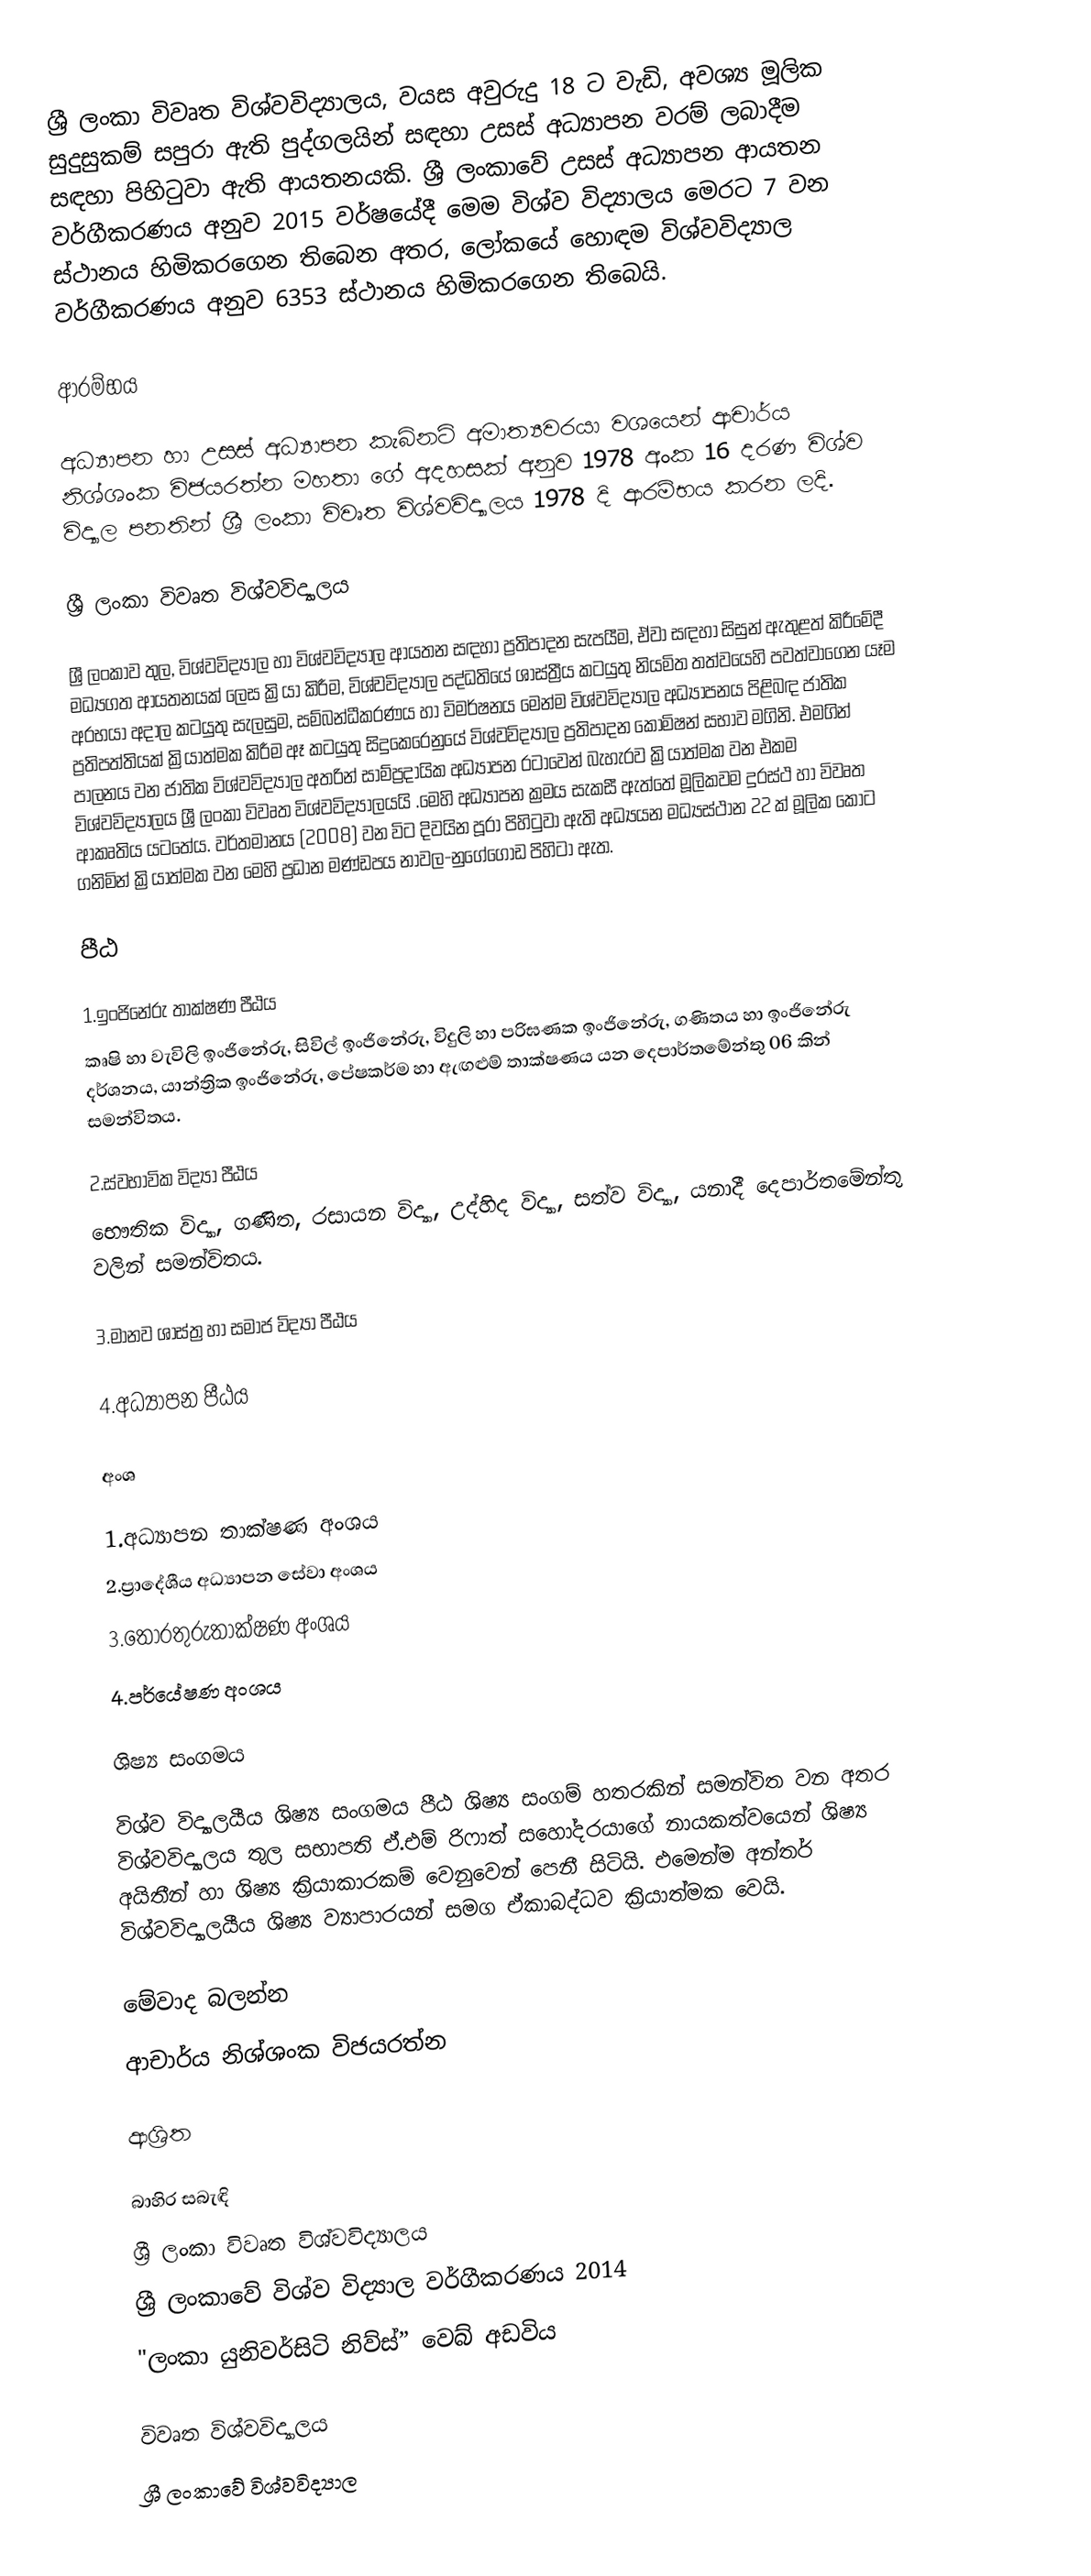
ශ්‍රී ලංකා විවෘත විශ්වවිද්‍යාලය, වයස අවුරුදු 18 ට වැඩි, අවශ්‍ය මූලික සුදුසුකම් සපුරා ඇති පුද්ගලයින් සඳහා උසස් අධ්‍යාපන වරම් ලබාදීම සඳහා පිහිටුවා ඇති ආයතනයකි. ශ්‍රී ලංකාවේ උසස් අධ්‍යාපන ආයතන වර්ගීකරණය අනුව 2015 වර්ෂයේදී මෙම විශ්ව විද්‍යාලය මෙරට 7 වන ස්ථානය හිමිකරගෙන තිබෙන අතර, ලෝකයේ හොඳම විශ්වවිද්‍යාල වර්ගීකරණය අනුව 6353 ස්‌ථානය හිමිකරගෙන තිබෙයි.

ආරම්භය

අධ්‍යාපන හා උසස් අධ්‍යාපන කැබිනට් අමාත්‍යවරයා වශයෙන් ආචාර්ය නිශ්ශංක විජයරත්න මහතා  ගේ අදහසක් අනුව 1978 අංක 16 දරණ විශ්ව විද්‍යාල පනතින්  ශ්‍රී ලංකා විවෘත විශ්වවිද්‍යාලය 1978 දි ආරම්භය කරන ලදි.

ශ්‍රී ලංකා විවෘත විශ්වවිද්‍යාලය

ශ්‍රී ලංකාව තුල, විශ්වවිද්‍යාල හා විශ්වවිද්‍යාල ආයතන සඳහා ප්‍රතිපාදන සැපයීම, ඒවා සඳහා සිසුන් ඇතුළත් කිරීමේදී මධ්‍යගත ආයතනයක් ලෙස ක්‍රියා කිරීම, විශ්වවිද්‍යාල පද්ධතියේ ශාස්ත්‍රීය කටයුතු නියමිත තත්වයෙහි පවත්වාගෙන යෑම අරභයා අදාල කටයුතු සැලසුම, සම්බන්ධීකරණය හා විමර්ෂනය මෙන්ම විශ්වවිද්‍යාල අධ්‍යාපනය පිළිබඳ ජාතික ප්‍රතිපත්තියක් ක්‍රියාත්මක කිරීම ඈ කටයුතු සිදුකෙරෙනුයේ  විශ්වවිද්‍යාල ප්‍රතිපාදන කොමිෂන් සභාව  මගිනි. එමගින් පාලනය වන ජාතික විශ්වවිද්‍යාල අතරින් සාම්ප්‍රදායික අධ්‍යාපන රටාවෙන් බැහැරව ක්‍රියාත්මක වන එකම විශ්වවිද්‍යාලය ශ්‍රී ලංකා විවෘත විශ්වවිද්‍යාලයයි .මෙහි අධ්‍යාපන ක්‍රමය සැකසී ඇත්තේ මූලිකවම දුරස්ථ හා විවෘත ආකෘතිය යටතේය. වර්තමානය (2008) වන විට දිවයින පූරා පිහිටුවා ඇති අධ්‍යයන මධ්‍යස්ථාන 22 ක් මූලික කොට ගනිමින් ක්‍රියාත්මක වන මෙහි ප්‍රධාන මණ්ඩපය නාවල-නුගේගොඩ පිහිටා ඇත.

පීඨ

1.ඉංජිනේරු තාක්ෂණ පීඨය
 කෘෂි හා වැවිලි ඉංජිනේරු, සිවිල් ඉංජිනේරු, විදුලි හා පරිඝණක ඉංජිනේරු, ගණිතය හා ඉංජිනේරු දර්ශනය, යාන්ත්‍රික ඉංජිනේරු, පේෂකර්ම හා ඇඟළුම් තාක්ෂණය යන දෙපාර්තමේන්තු 06 කින් සමන්විතය.

2.ස්වභාවික විද්‍යා පීඨය
 භෞතික විද්‍යා, ගණිත, රසායන විද්‍යා, උද්හිද විද්‍යා, සත්ව විද්‍යා, යනාදී දෙපාර්තමේන්තු වලින් සමන්විතය.

3.මානව ශාස්ත්‍ර හා සමාජ විද්‍යා පීඨය

4.අධ්‍යාපන පීඨය

අංශ

1.අධ්‍යාපන තාක්ෂණ අංශය
2.ප්‍රාදේශීය අධ්‍යාපන සේවා අංශය
3.තොරතුරුතාක්ෂණ අංශය
4.පර්යේෂණ අංශය

ශිෂ්‍ය සංගමය

විශ්ව විද්‍යාලයීය ශිෂ්‍ය සංගමය පීඨ ශිෂ්‍ය සංගම් හතරකින් සමන්විත වන අතර විශ්වවිද්‍යාලය තුල සභාපති  ඒ.එම් රිෆාත් සහෝදරයාගේ නායකත්වයෙන් ශිෂ්‍ය අයිතීන් හා ශිෂ්‍ය ක්‍රියාකාරකම් වෙනුවෙන් පෙනී සිටියි. එමෙන්ම අන්තර් විශ්වවිද්‍යාලයීය ශිෂ්‍ය ව්‍යාපාරයන් සමග ඒකාබද්ධව ක්‍රියාත්මක වෙයි.

මේවාද බලන්න
 ආචාර්ය නිශ්ශංක විජයරත්න

ආශ්‍රිත

බාහිර සබැඳි
  ශ්‍රී ලංකා විවෘත විශ්වවිද්‍යාලය
 ශ්‍රී ලංකාවේ විශ්ව විද්‍යාල වර්ගීකරණය 2014
 "ලංකා යුනිවර්සිටි නිව්ස්” වෙබ් අඩවිය

විවෘත විශ්වවිද්‍යාලය
ශ්‍රී ලංකාවේ විශ්වවිද්‍යාල